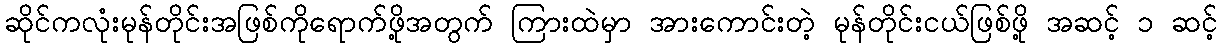
ဆိုင်ကလုံးမုန်တိုင်းအဖြစ်ကိုရောက်ဖို့အတွက် ကြားထဲမှာ အားကောင်းတဲ့ မုန်တိုင်းငယ်ဖြစ်ဖို့ အဆင့် ၁ ဆင့်